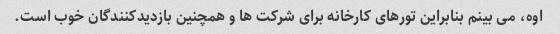
اوه، می بینم بنابراین تورهای کارخانه برای شرکت ها و همچنین بازدیدکنندگان خوب است.